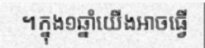
។ក្នុង១ឆ្នាំយើងអាចធ្វើ